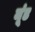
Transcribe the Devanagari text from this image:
मूंड